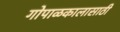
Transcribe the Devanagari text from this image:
गोपाळकालासाठी